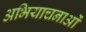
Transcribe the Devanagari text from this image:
अभियाचनाओं